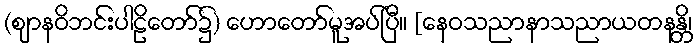
(ဈာနဝိဘင်းပါဠိတော်၌) ဟောတော်မူအပ်ပြီ။ [နေဝသညာနာသညာယတနန္တိ၊